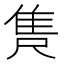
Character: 𮥺